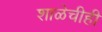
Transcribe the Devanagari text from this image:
शाळेचीही